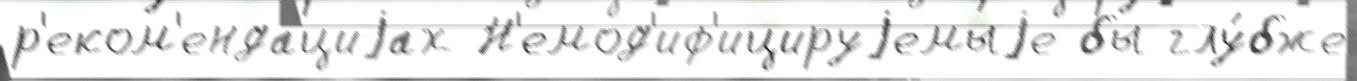
р'еком'енда́циjах Н'емод'иф'ицируjемыjе бы глу́бже